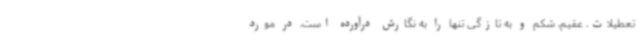
تعطیلات، عقیم، شکم و به تازگی تنها را به نگارش درآورده است، در مورد